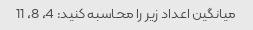
میانگین اعداد زیر را محاسبه کنید: 4، 8، 11